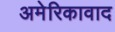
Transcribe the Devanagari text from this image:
अमेरिकावाद